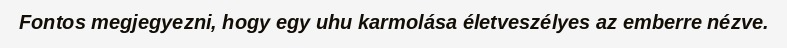
Fontos megjegyezni, hogy egy uhu karmolása életveszélyes az emberre nézve.